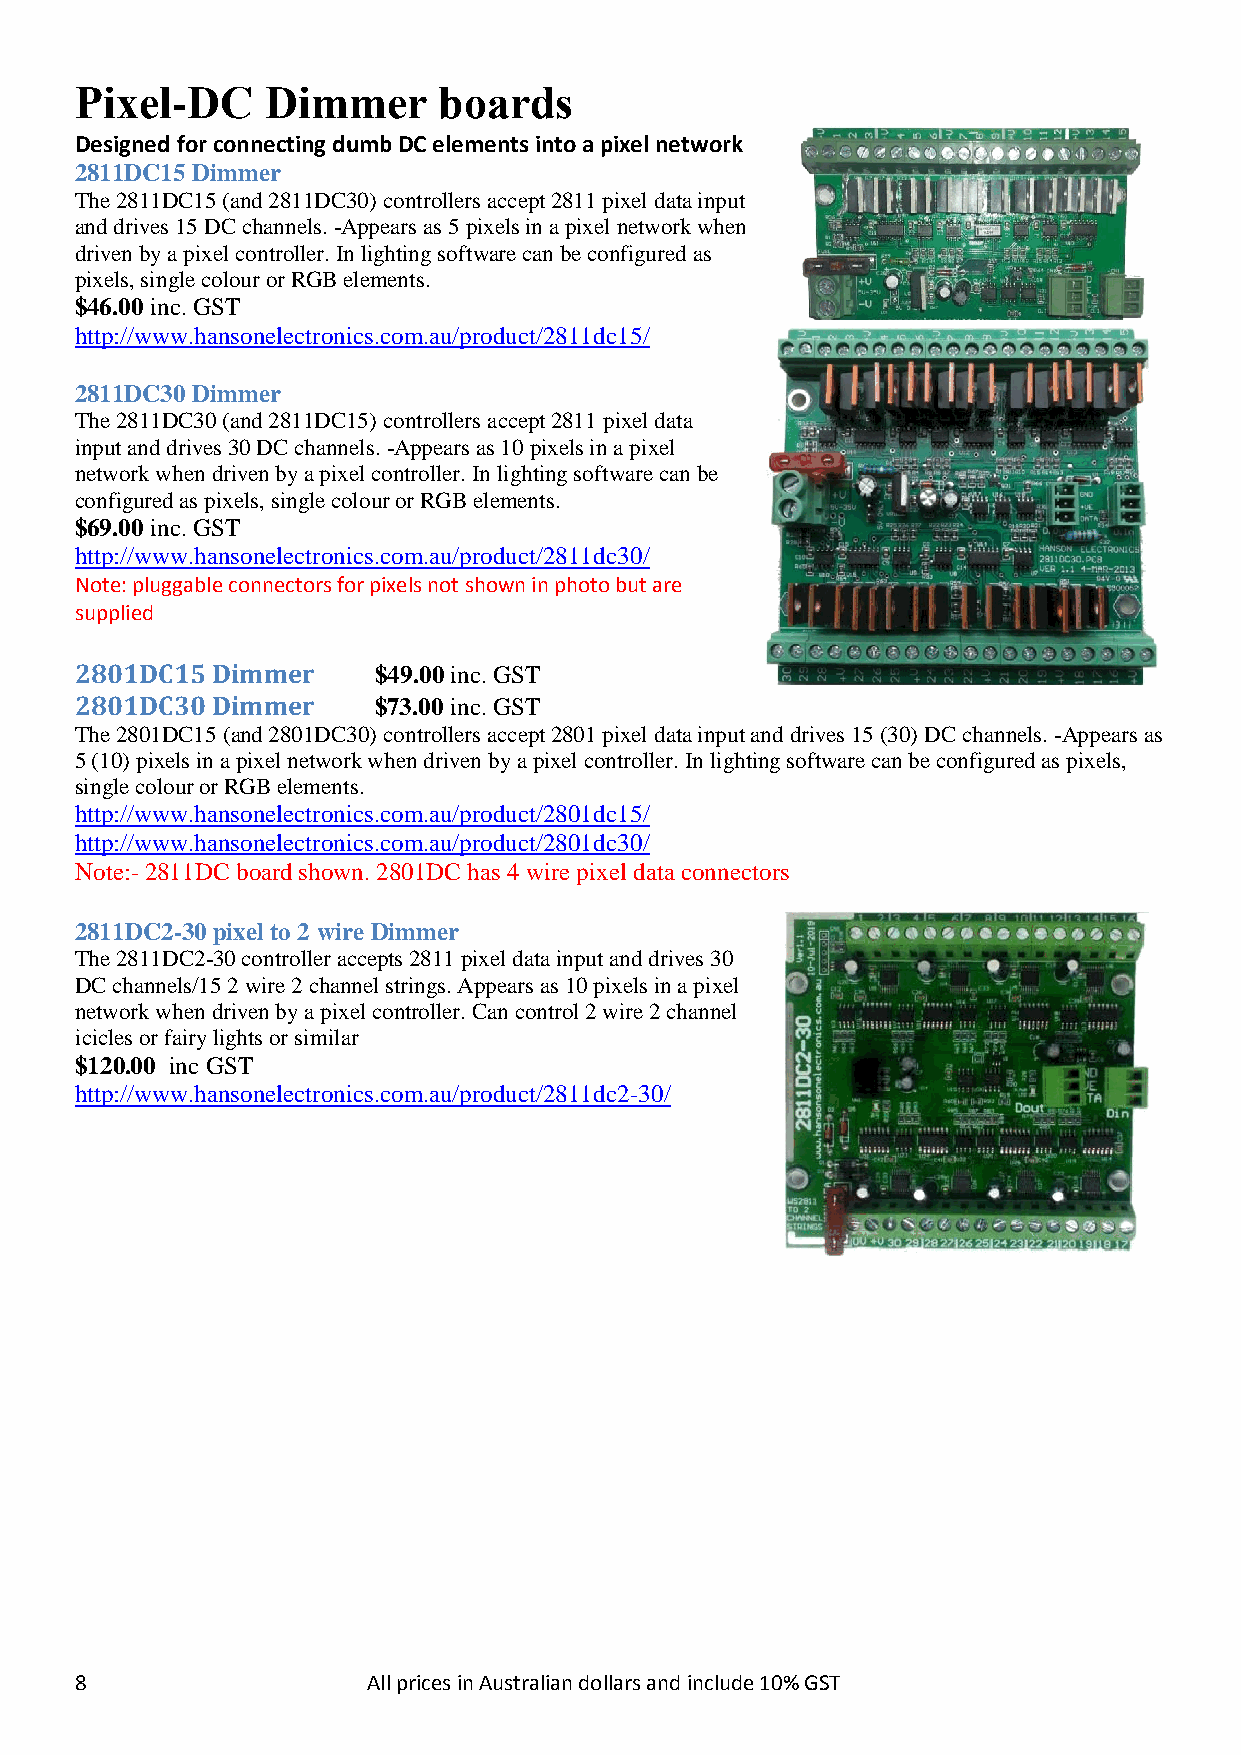
Pixel-DC     Dimmer     boards
 Designed for connecting dumb DC elements into a pixel network
 2811DC15 Dimmer
 The 2811DC15 (and 2811DC30) controllers accept 2811 pixel data input
 and drives 15 DC channels. -Appears as 5 pixels in a pixel network when
 driven by a pixel controller. In lighting software can be configured as
 pixels, single colour or RGB elements.
 $46.00 inc. GST
 http://www.hansonelectronics.com.au/product/2811dc15/
 2811DC30 Dimmer
 The 2811DC30 (and 2811DC15) controllers accept 2811 pixel data
 input and drives 30 DC channels. -Appears as 10 pixels in a pixel
 network when driven by a pixel controller. In lighting software can be
 configured as pixels, single colour or RGB elements.
 $69.00 inc. GST
 http://www.hansonelectronics.com.au/product/2811dc30/
 Note: pluggable connectors for pixels not shown in photo but are
 supplied
 2801DC15 Dimmer     $49.00 inc. GST
 2801DC30 Dimmer     $73.00 inc. GST
 The 2801DC15 (and 2801DC30) controllers accept 2801 pixel data input and drives 15 (30) DC channels. -Appears as
 5 (10) pixels in a pixel network when driven by a pixel controller. In lighting software can be configured as pixels,
 single colour or RGB elements.
 http://www.hansonelectronics.com.au/product/2801dc15/
 http://www.hansonelectronics.com.au/product/2801dc30/
 Note:- 2811DC board shown. 2801DC has 4 wire pixel data connectors
 2811DC2-30 pixel to 2 wire Dimmer
 The 2811DC2-30 controller accepts 2811 pixel data input and drives 30
 DC channels/15 2 wire 2 channel strings. Appears as 10 pixels in a pixel
 network when driven by a pixel controller. Can control 2 wire 2 channel
 icicles or fairy lights or similar
 $120.00 inc GST
 http://www.hansonelectronics.com.au/product/2811dc2-30/
 8                  All prices in Australian dollars and include 10% GST